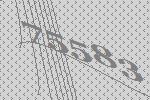
75583